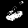
Label: 6